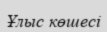
Ұлыс көшесі